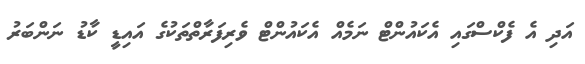
އަދި އެ ފެކްސްގައި އެކައުންޓް ނަމެއް އެކައުންޓް ވެރިފަރާތްތަކުގެ އައިޑީ ކާޑު ނަންބަރު